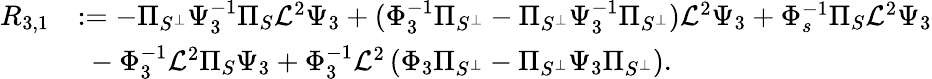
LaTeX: \begin{array}{rl}{R_{3,1}}&{:=-\Pi_{S^{\perp}}\Psi_{3}^{-1}\Pi_{S}\mathcal{L}^{2}\Psi_{3}+(\Phi_{3}^{-1}\Pi_{S^{\perp}}-\Pi_{S^{\perp}}\Psi_{3}^{-1}\Pi_{S^{\perp}})\mathcal{L}^{2}\Psi_{3}+\Phi_{s}^{-1}\Pi_{S}\mathcal{L}^{2}\Psi_{3}}\\ &{\ -\Phi_{3}^{-1}\mathcal{L}^{2}\Pi_{S}\Psi_{3}+\Phi_{3}^{-1}\mathcal{L}^{2}\left(\Phi_{3}\Pi_{S^{\perp}}-\Pi_{S^{\perp}}\Psi_{3}\Pi_{S^{\perp}}\right).}\end{array}